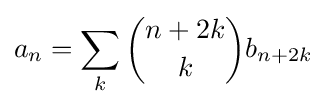
a_{n}=\sum _{k}{\binom {n+2k}{k}}b_{n+2k}